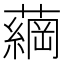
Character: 𮒔